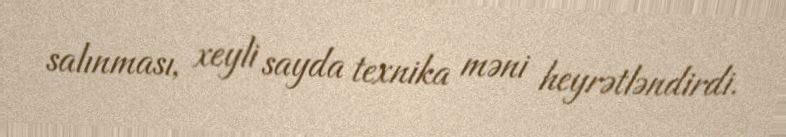
salınması, xeyli sayda texnika məni heyrətləndirdi.